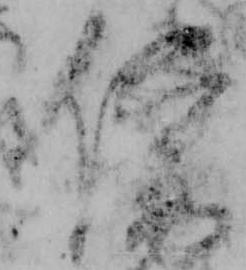
僧